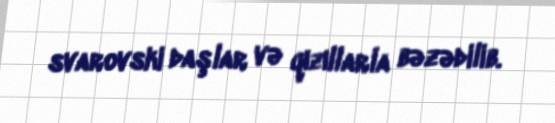
svarovski daşlar və qızıllarla bəzədilib.